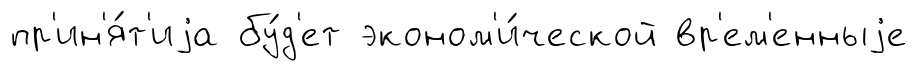
пр'ин'я́т'иjа бу́д'ет эконом'и́ческой вр'ем'енныjе